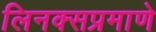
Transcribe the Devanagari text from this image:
लिनक्सप्रमाणे